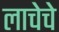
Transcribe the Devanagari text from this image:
लाचेचे